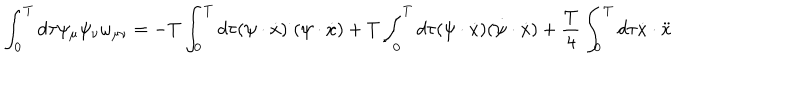
LaTeX: \int _ { 0 } ^ { T } d \tau \psi _ { \mu } \psi _ { \nu } \omega _ { \mu \nu } = - T \int _ { 0 } ^ { T } d \tau ( \psi \cdot \dot { x } ) ^ { \cdot } ( \psi \cdot \dot { x } ) + T \int _ { 0 } ^ { T } d \tau ( \psi \cdot \dot { x } ) ( \dot { \psi } \cdot \dot { x } ) + { \frac { T } { 4 } } \int _ { 0 } ^ { T } d \tau \dot { x } \cdot \ddot { x }